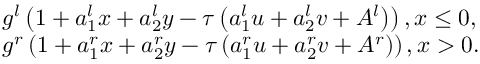
\begin{array} { r l } & { { { g } ^ { l } } \left( 1 + a _ { 1 } ^ { l } x + a _ { 2 } ^ { l } y - \tau \left( a _ { 1 } ^ { l } u + a _ { 2 } ^ { l } v + { { A } ^ { l } } \right) \right) , x \le 0 , } \\ & { { { g } ^ { r } } \left( 1 + a _ { 1 } ^ { r } x + a _ { 2 } ^ { r } y - \tau \left( a _ { 1 } ^ { r } u + a _ { 2 } ^ { r } v + { { A } ^ { r } } \right) \right) , x > 0 . } \end{array}